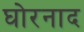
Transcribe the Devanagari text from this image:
घोरनाद